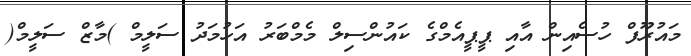
މައުރޫފް ހުސެއިން އާއި ޕީޕީއެމްގެ ކައުންސިލް މެމްބަރު އަހުމަދު ސަލީމް )މާޒް ސަލީމް(